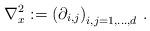
LaTeX: \begin{align*}\nabla_x^2 := \left (\partial_{i,j}\right )_{i,j=1,\dots,d}\, .\end{align*}